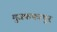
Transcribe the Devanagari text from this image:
मुजफफरपुर